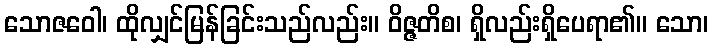
သောဇဝေါ၊ ထိုလျှင်မြန်ခြင်းသည်လည်း။ ဝိဇ္ဇတိစ၊ ရှိလည်းရှိပေရာ၏။ သော၊